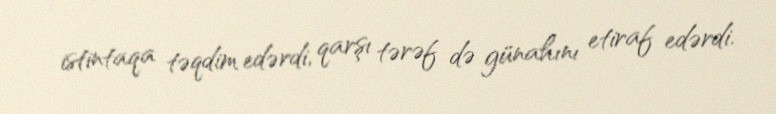
istintaqa təqdim edərdi, qarşı tərəf də günahını etiraf edərdi.